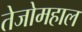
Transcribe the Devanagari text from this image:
तेजोमहाल